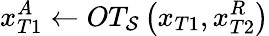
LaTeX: x_{T1}^{A}\leftarrow OT_{\mathcal{S}}\left(x_{T1},x_{T2}^{R}\right)